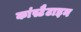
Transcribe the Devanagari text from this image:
कांस्टैटाइन